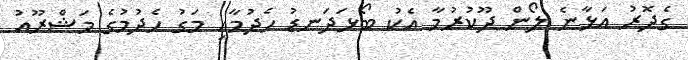
ގެދޮރު އަޅާނެ ލޯން ދޫކުރުމާ އެކު ބޯޅަދަނޑު ހެދުމާއި މަގު ހެދުމުގެ މަޝްރޫއު